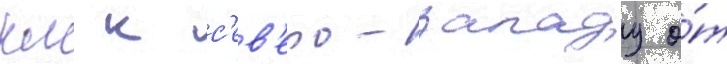
км к с'ев'еро-западу о́т